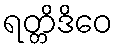
ရတ္တိဒိဝေ